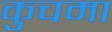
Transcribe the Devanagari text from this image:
कुचमा